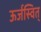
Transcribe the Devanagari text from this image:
ऊर्जस्वित्